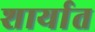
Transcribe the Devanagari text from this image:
शार्यात